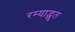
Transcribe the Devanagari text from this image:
रम्याद्भुत